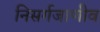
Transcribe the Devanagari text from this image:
निसर्गजाणीव